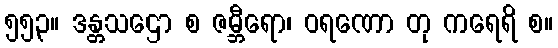
၅၅၃။ ဒန္တသဌော စ ဇမ္ဘီရော၊ ဝရဏော တု ကရေရိ စ။